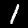
Label: 1